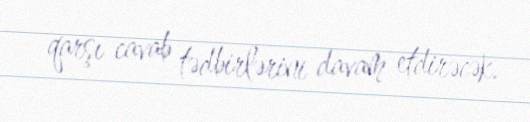
qarşı cavab tədbirlərini davam etdirəcək.